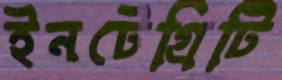
ইনটেগ্রিটি